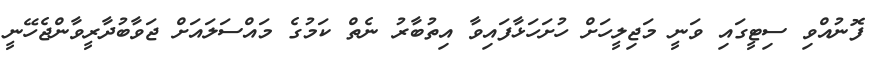
ފޮނުއްވި ސިޓީގައި ވަނީ މަޖިލީހަށް ހުށަހަޅާފައިވާ އިތުބާރު ނެތް ކަމުގެ މައްސަލައަށް ޖަވާބުދާރީވާންޖެހޭނީ